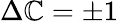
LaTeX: \Delta\mathbb{C}=\pm1